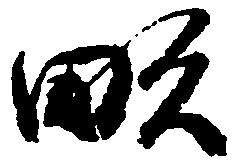
畝